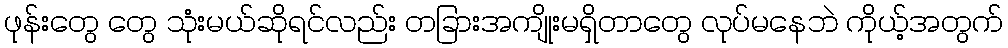
ဖုန်းတွေ တွေ သုံးမယ်ဆိုရင်လည်း တခြားအကျိုးမရှိတာတွေ လုပ်မနေဘဲ ကိုယ့်အတွက်